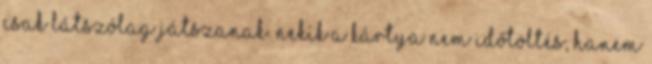
csak látszólag játszanak. Nekik a kártya nem időtöltés, hanem